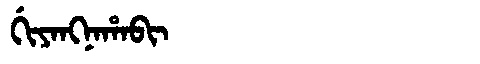
Manchu: ᡤᡳᠶᠠᠩᠨᠠᡥᠠᠪᡳ
Romanization: GIYANGNAHABI